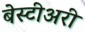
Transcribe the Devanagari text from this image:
बेस्टीअरी